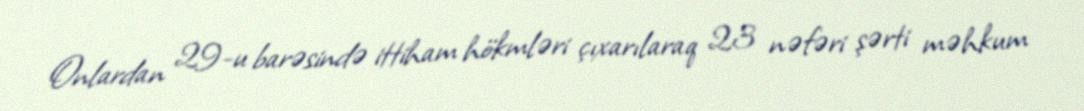
Onlardan 29-u barəsində ittiham hökmləri çıxarılaraq 23 nəfəri şərti məhkum